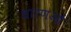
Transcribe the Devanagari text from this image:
धारणओं